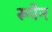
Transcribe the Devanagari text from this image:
रूपेन